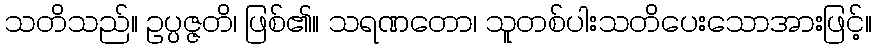
သတိသည်။ ဥပ္ပဇ္ဇတိ၊ ဖြစ်၏။ သရဏတော၊ သူတစ်ပါးသတိပေးသောအားဖြင့်။